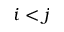
i < j